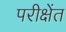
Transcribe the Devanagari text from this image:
परीक्षेंत